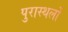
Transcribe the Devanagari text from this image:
पुरास्थलों